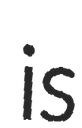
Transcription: is